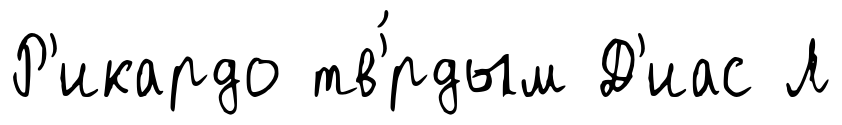
Р'икардо тв'́рдым Д'иас Л